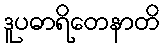
ဒူပဓာရိတေနာတိ